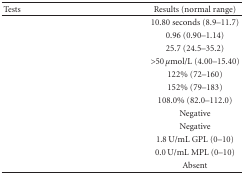
<table><thead><tr><td><b>Tests</b></td><td><b>Results (normal range)</b></td></tr></thead><tbody><tr><td>[EMPTY_CELL]</td><td>10.80 seconds (8.9–11.7)</td></tr><tr><td>[EMPTY_CELL]</td><td>0.96 (0.90–1.14)</td></tr><tr><td>[EMPTY_CELL]</td><td>25.7 (24.5–35.2)</td></tr><tr><td>[EMPTY_CELL]</td><td>&gt;50 <i>μ</i>mol/L (4.00–15.40)</td></tr><tr><td>[EMPTY_CELL]</td><td>122% (72–160)</td></tr><tr><td>[EMPTY_CELL]</td><td>152% (79–183)</td></tr><tr><td>[EMPTY_CELL]</td><td>108.0% (82.0–112.0)</td></tr><tr><td>[EMPTY_CELL]</td><td>Negative</td></tr><tr><td>[EMPTY_CELL]</td><td>Negative</td></tr><tr><td>[EMPTY_CELL]</td><td>1.8 U/mL GPL (0–10)</td></tr><tr><td>[EMPTY_CELL]</td><td>0.0 U/mL MPL (0–10)</td></tr><tr><td>[EMPTY_CELL]</td><td>Absent</td></tr></tbody></table>